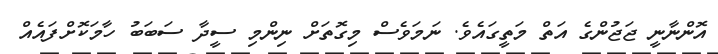
އޮންނާނީ ޖަޖުންގެ އަތް މަތީގައެވެ. ނަމަވެސް މިގޮތަށް ނިންމި ސީދާ ސަބަބު ހާމަކޮށްފައެއް